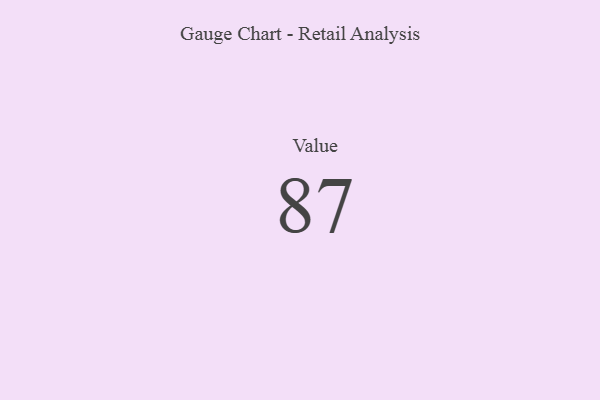
{"axis": {"x": "Metric", "y": "Value"}, "legend": [""], "data": [{"x": "Value", "y": 87, "type": ""}]}